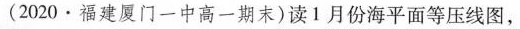
(2020·福建厦门一中高一期末)读1月份海平面等压线图，